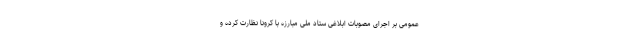
عمومی بر اجرای مصوبات ابلاغی ستاد ملی مبارزه با کرونا نظارت کرده و